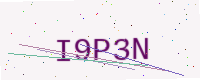
Text: I9P3N